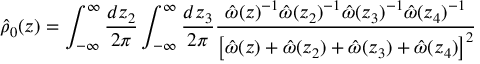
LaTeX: \hat { \rho } _ { 0 } ( z ) = \int _ { - \infty } ^ { \infty } \frac { d z _ { 2 } } { 2 \pi } \int _ { - \infty } ^ { \infty } \frac { d z _ { 3 } } { 2 \pi } \frac { \hat { \omega } ( z ) ^ { - 1 } \hat { \omega } ( z _ { 2 } ) ^ { - 1 } \hat { \omega } ( z _ { 3 } ) ^ { - 1 } \hat { \omega } ( z _ { 4 } ) ^ { - 1 } } { \left[ \hat { \omega } ( z ) + \hat { \omega } ( z _ { 2 } ) + \hat { \omega } ( z _ { 3 } ) + \hat { \omega } ( z _ { 4 } ) \right] ^ { 2 } }